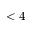
< 4